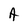
Character: A